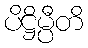
ပိဋ္ဌိမ္ပီတိ